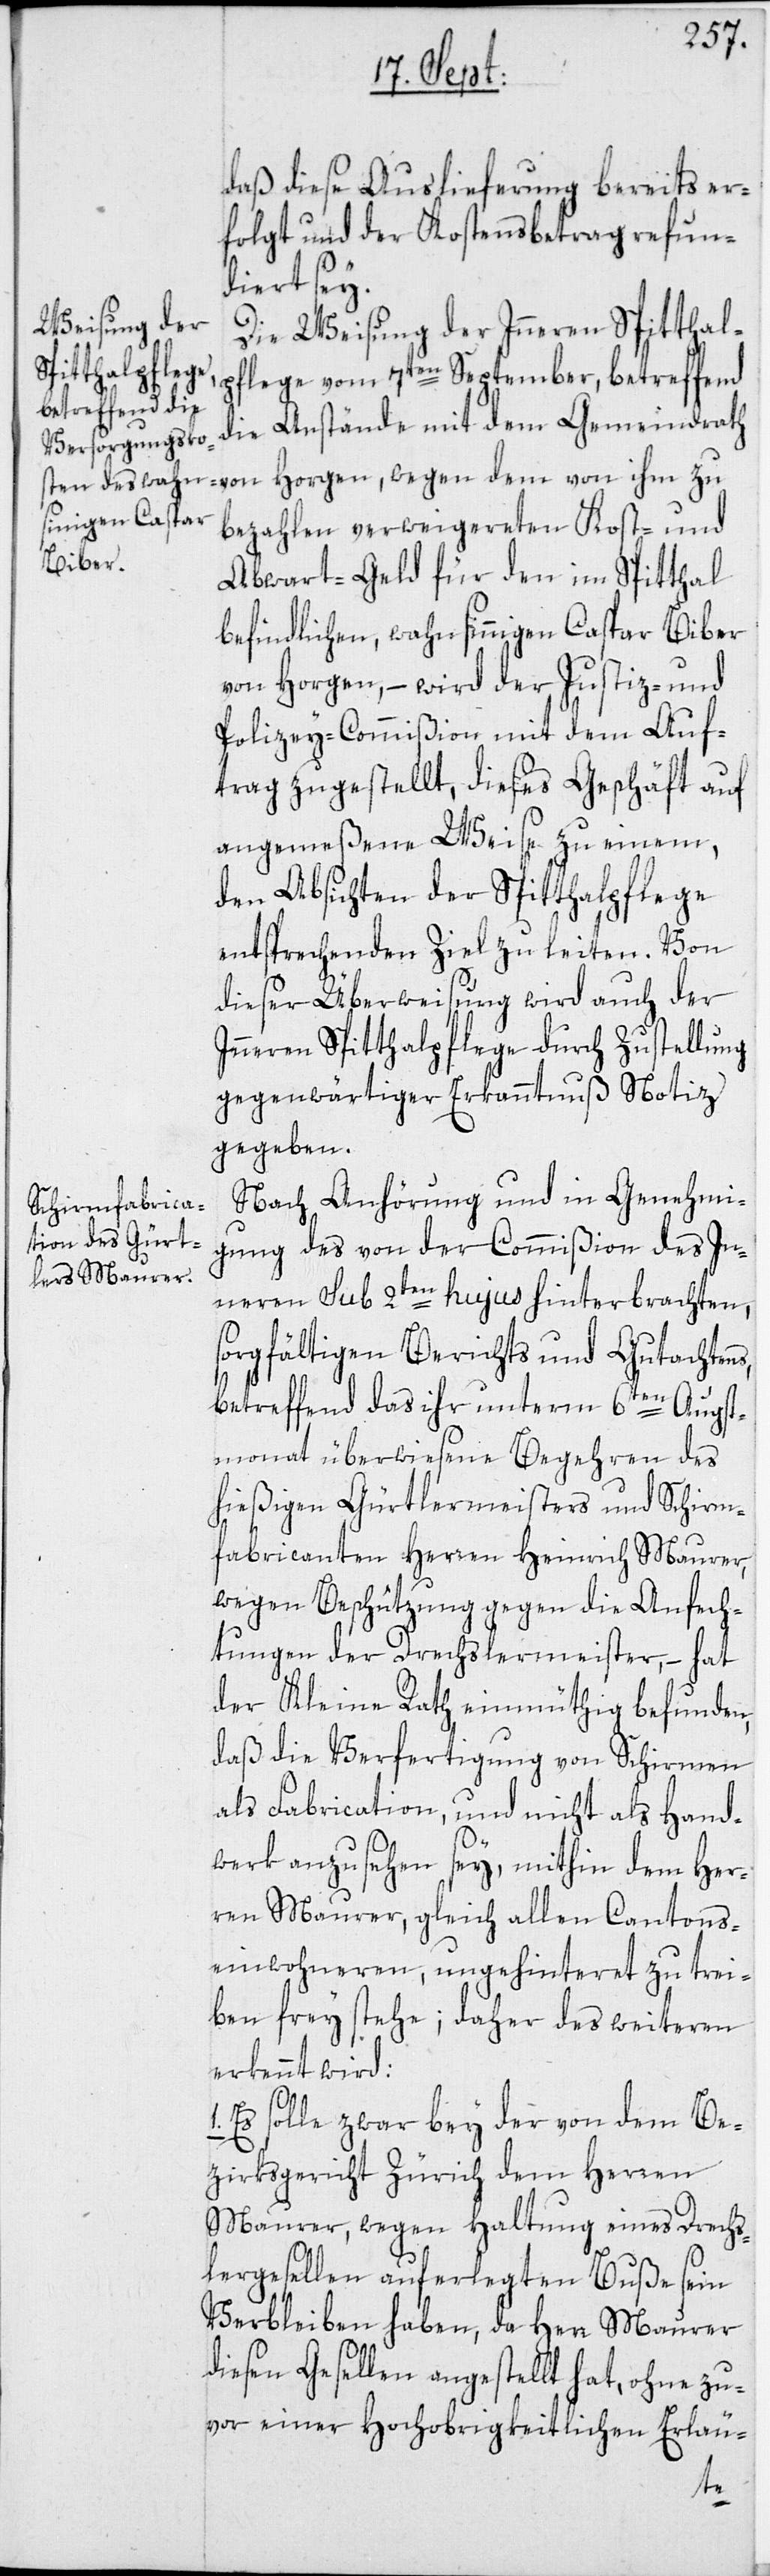
daß diese Auslieferung bereits er¬
folgt und der Kostensbetrag refun¬
diert sey.
Die Weisung der Inneren Spitthal¬
pflege vom 7ten September, betreffend
die Anstände mit dem Gemeindrath
bezahlen verweigereten Kost- und
Abwart-Geld für den im Spitthal
befindlichen, wahnsinnigen Caspar Biber
von Horgen, – wird der Justiz- und
Polizey-Commißion mit dem Auf¬
trag zugestellt, dieses Geschäft auf
angemeßene Weise zu einem,
den Absichten der Spitthalpflege
entsprechenden Ziel zu leiten. Von
dieser Überweisung wird auch der
Inneren Spitthalpflege durch Zustellung
gegenwärtiger Erkanntnuß Notiz
gegeben.
Nach Anhörung und in Genehmi¬
gung des von der Commißion des In¬
neren sub 2ten hujus hinterbrachten,
sorgfältigen Berichts und Gutachtens,
betreffend das ihr unterm 6ten Augst¬
monat überwiesene Begehren des
hießigen Gürtlermeisters und Schirm¬
fabricanten Herren Heinrich Maurer,
wegen Beschützung gegen die Anfech¬
tungen der Drechslermeister, – hat
der Kleine Rath einmüthig befunden,
daß die Verfertigung von Schirmen
als Fabrication, und nicht als Hand¬
werk anzusehen sey, mithin dem Her¬
ren Maurer, gleich allen Cantons¬
einwohneren, ungehinteret zu trei¬
ben frey stehe; daher des Weiteren
erkennt wird:
Es solle zwar bey der von dem Be¬
zirksgericht Zürich dem Herren
Maurer, wegen Haltung eines Drechs¬
lergesellen auferlegten Buße sein
Verbleiben haben, da Herr Maurer
diesen Gesellen angestellt hat, ohne zu¬
vor einer Hochobrigkeitlichen Erläu-